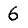
Digit: 6